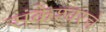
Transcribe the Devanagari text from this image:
संकेश्वरचे